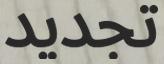
تجديد